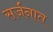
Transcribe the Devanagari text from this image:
सर्जनात